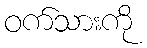
ဝက်သားကို